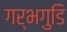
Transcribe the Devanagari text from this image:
गर्भगुडि